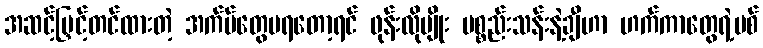
အဆင့်မြှင့်တင်ထားတဲ့ အက်ပ်တွေမရတော့ရင် ဖုန်းလိုမျိုး ပစ္စည်းသန်းနဲ့ချီဟာ ဟက်ကာတွေရဲ့ပစ်